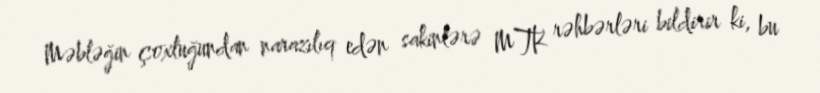
Məbləğin çoxluğundan narazılıq edən sakinlərə MTK rəhbərləri bildirir ki, bu